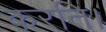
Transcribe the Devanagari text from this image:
करति।